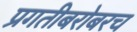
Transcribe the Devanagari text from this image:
प्रगतीबरोबरच